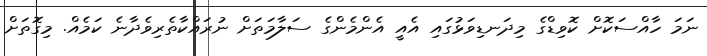
ނަމަ ހާއްސަކޮށް ކޮވިޑްގެ މިދަނޑިވަޅުގައި އެއީ އެންމެންގެ ސަލާމަތަށް ނުރައްކާތެރިވެދާނެ ކަމެއް. މިގޮތަށް